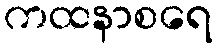
ကထနာစရေ